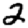
Digit: 2